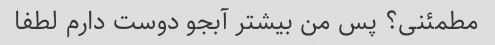
مطمئنی؟ پس من بیشتر آبجو دوست دارم لطفا